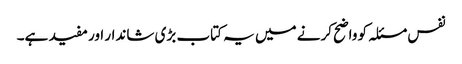
نفس مسئلہ کو واضح کرنے میں یہ کتاب بڑی شاندار اور مفید ہے۔